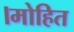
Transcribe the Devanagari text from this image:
।मोहित